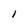
Character: l